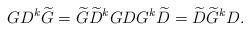
LaTeX: \begin{align*} GD^k\widetilde{G} = \widetilde{G}\widetilde{D}^kG DG^k\widetilde{D} = \widetilde{D}\widetilde{G}^kD.\end{align*}